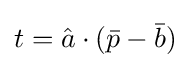
t={\hat {a}}\cdot ({\bar {p}}-{\bar {b}})